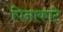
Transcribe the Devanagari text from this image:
पिनाकाटे